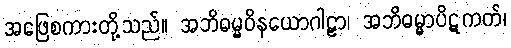
အဖြေစကားတို့သည်။ အဘိဓမ္မဝိနယောဂါဠှာ၊ အဘိဓမ္မာပိဋကတ်၊